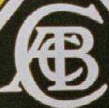
CACB